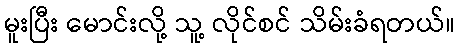
မူးပြီး မောင်းလို့ သူ့ လိုင်စင် သိမ်းခံရတယ်။